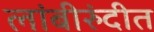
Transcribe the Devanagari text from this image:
लांबीरुंदीत